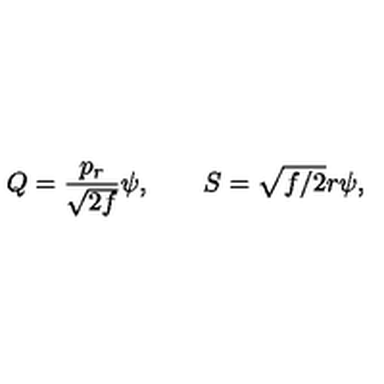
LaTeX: Q = { \frac { p _ { r } } { \sqrt { 2 f } } } \psi , \qquad S = \sqrt { f / 2 } r \psi ,